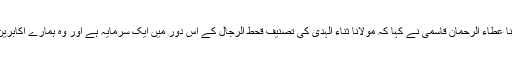
شاہ ولی اللہ انسٹی ٹیوٹ کے سربراہ مولانا عطاء الرحمان قاسمی نے کہا کہ مولانا ثناء الہدی کی تصنیف قحط الرجال کے اس دور میں ایک سرمایہ ہے اور وہ ہمارے اکابرین و اسلاف کے علوم و فنون کے امین ہیں۔